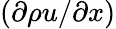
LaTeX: (\partial\rho u/\partial x)